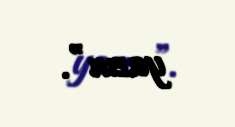
yazın”.